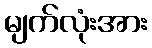
မျက်လုံးအား